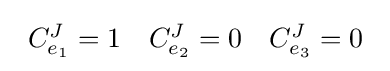
{\begin{array}{lll}C_{e_{1}}^{J}=1&C_{e_{2}}^{J}=0&C_{e_{3}}^{J}=0\end{array}}